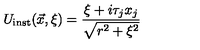
U _ { \mathrm { i n s t } } ( \vec { x } , \xi ) = \frac { \xi + i \tau _ { j } x _ { j } } { \sqrt { r ^ { 2 } + \xi ^ { 2 } } }